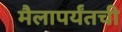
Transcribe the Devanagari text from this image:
मैलापर्यंतची